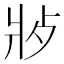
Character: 𬋿